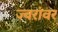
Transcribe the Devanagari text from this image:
ज्वरांवर